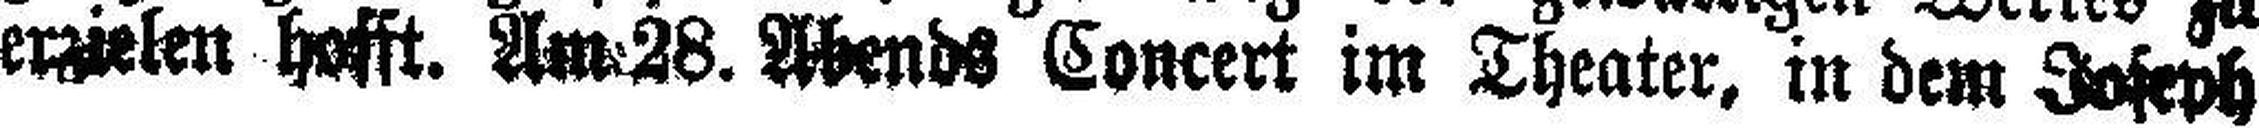
erzielen hofft. Am 28. Abends Concert im Theater, in dem Joseph